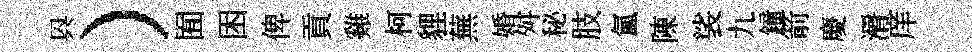
㒷）囿困俾貢雞柯貍蕪婚舛秘肢氲陳裟九鐘箭慶漘庠